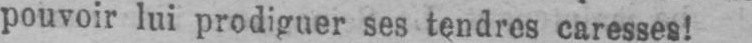
pouvoir lui prodiguer ses tendres caresses!